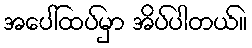
အပေါ်ထပ်မှာ အိပ်ပါတယ်။